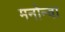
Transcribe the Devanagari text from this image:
मनोन्वा